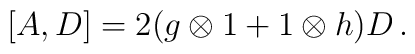
[A,D]=2(g\otimes 1+1\otimes h)D\,.